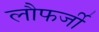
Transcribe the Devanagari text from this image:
लौफर्जी